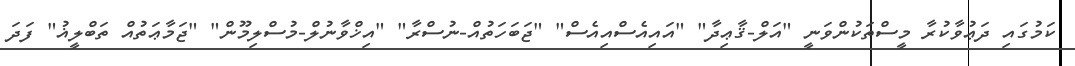
ކަމުގައި ދަޢުވާކުރާ މީސްތަކުންވަނީ "އަލް-ޤާޢިދާ" "އައިއެސްއިއެސް" "ޖަބަހަތުއް-ނުސްރާ" "އިޚްވާނުލް-މުސްލިމޫން" "ޖަމާޢަތުއް ތަބްލީޣު" ފަދަ